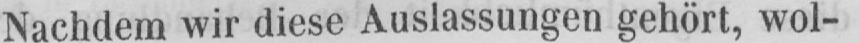
Nachdem wir diese Auslassungen gehört, wol-